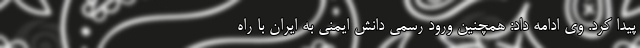
پیدا کرد. وی ادامه داد: همچنین ورود رسمی دانش ایمنی به ایران با راه